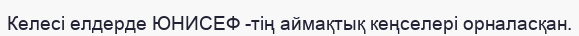
Келесі елдерде ЮНИСЕФ -тің аймақтық кеңселері орналасқан.